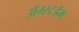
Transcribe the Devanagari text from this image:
अॅम्स्टडॅम